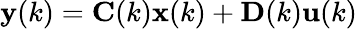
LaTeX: \mathbf{y}(k)=\mathbf{C}(k)\mathbf{x}(k)+\mathbf{D}(k)\mathbf{u}(k)